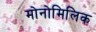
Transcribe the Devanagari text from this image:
मोनोमिलिक